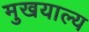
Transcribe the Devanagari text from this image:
मुखयाल्य